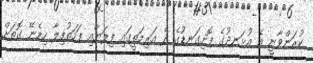
ކުރަންވާނީ އެ އުޅަނދުގެ ފޮށިގަނޑުގެ ދެ އަރިމަތީގައި ފިލަޔާއި ފަހަތުފިލާ ހިމެނޭ ގޮތަށް